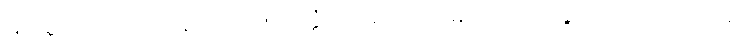
မြတ်စွာဘုရားသာသနာတော်၌။ ယုတ္တံဝါသမယံ၊ သင့်မြတ်သောအခွင့်ကိုလည်းကောင်း။